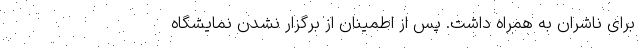
برای ناشران به همراه داشت. پس از اطمینان از برگزار نشدن نمایشگاه